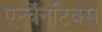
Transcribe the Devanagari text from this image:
एन्चॅनटिक्स